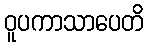
ဝူပကာသာပေတိ